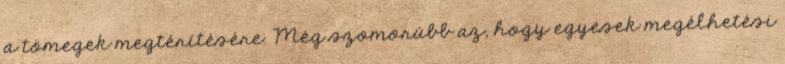
a tömegek megtérítésére. Még szomorúbb az, hogy egyesek megélhetési